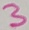
Text: 3